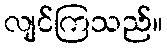
လျင်ကြသည်။